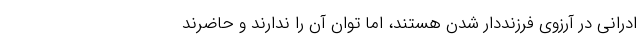
ادرانی در آرزوی فرزنددار شدن هستند، اما توان آن را ندارند و حاضرند